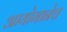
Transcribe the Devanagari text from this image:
आयोगानेच